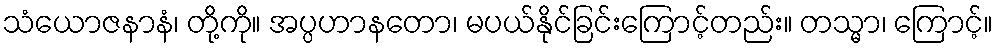
သံယောဇနာနံ၊ တို့ကို။ အပ္ပဟာနတော၊ မပယ်နိုင်ခြင်းကြောင့်တည်း။ တသ္မာ၊ ကြောင့်။